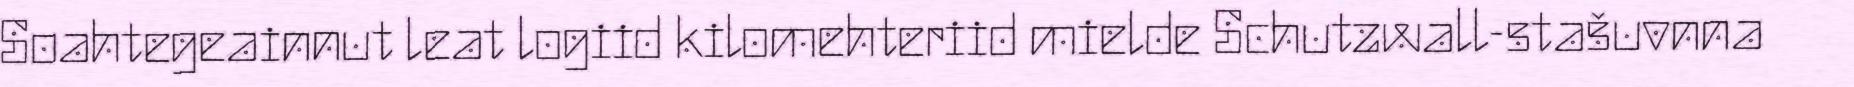
Soahtegeainnut leat logiid kilomehteriid mielde Schutzwall-stašuvnna